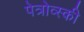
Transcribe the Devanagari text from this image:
पेत्रोव्स्की